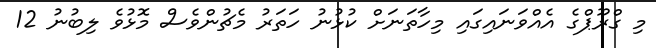
މި ގްރޫޕްގެ އެއްވަނައިގައި މިހާތަނަށް ކުޅުނު ހަތަރު މެޗުންވެސް މޮޅުވެ ލިބުނު 12